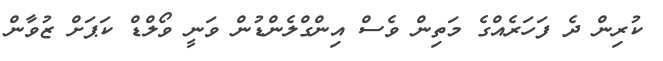
ކުރިން ދެ ފަހަރެެއްގެ މަތިން ވެސް އިންގްލެންޑުން ވަނީ ވޯލްޑް ކަޕަށް ޒުވާން